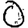
Digit: 0